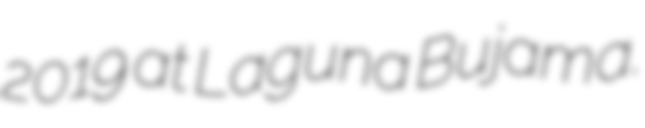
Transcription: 2019 at Laguna Bujama.